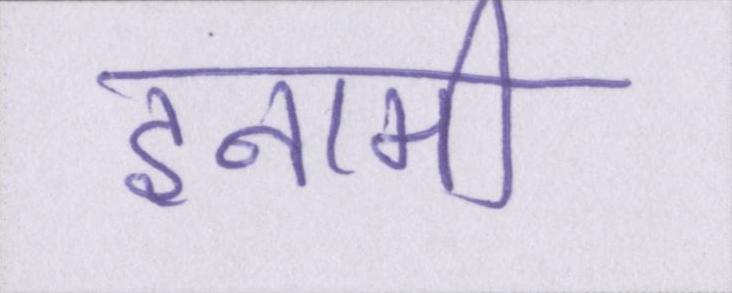
इनामी